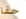
حقا